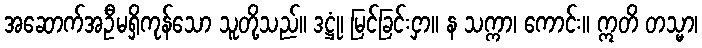
အဆောက်အဦမရှိကုန်သော သူတို့သည်။ ဒဋ္ဌုံ၊ မြင်ခြင်းငှာ။ န သက္ကာ၊ ကောင်း။ ဣတိ တသ္မာ၊